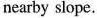
nearby slope.